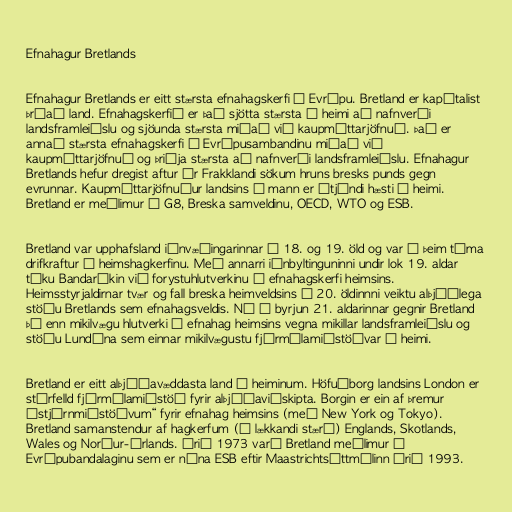
Efnahagur Bretlands

Efnahagur Bretlands er eitt stærsta efnahagskerfi á Evrópu. Bretland er kapítalist
þróað land. Efnahagskerfið er það sjötta stærsta í heimi að nafnverði
landsframleiðslu og sjöunda stærsta miðað við kaupmáttarjöfnuð. Það er
annað stærsta efnahagskerfi í Evrópusambandinu miðað við
kaupmáttarjöfnuð og þriðja stærsta að nafnverði landsframleiðslu. Efnahagur
Bretlands hefur dregist aftur úr Frakklandi sökum hruns bresks punds gegn
evrunnar. Kaupmáttarjöfnuður landsins á mann er átjándi hæsti í heimi.
Bretland er meðlimur í G8, Breska samveldinu, OECD, WTO og ESB.

Bretland var upphafsland iðnvæðingarinnar á 18. og 19. öld og var á þeim tíma
drifkraftur í heimshagkerfinu. Með annarri iðnbyltinguninni undir lok 19. aldar
tóku Bandaríkin við forystuhlutverkinu í efnahagskerfi heimsins.
Heimsstyrjaldirnar tvær og fall breska heimveldsins á 20. öldinnni veiktu alþjóðlega
stöðu Bretlands sem efnahagsveldis. Nú í byrjun 21. aldarinnar gegnir Bretland
þó enn mikilvægu hlutverki í efnahag heimsins vegna mikillar landsframleiðslu og
stöðu Lundúna sem einnar mikilvægustu fjármálamiðstöðvar í heimi.

Bretland er eitt alþjóðavæddasta land í heiminum. Höfuðborg landsins London er
stórfelld fjármálamiðstöð fyrir alþjóðaviðskipta. Borgin er ein af þremur
„stjórnmiðstöðvum“ fyrir efnahag heimsins (með New York og Tokyo).
Bretland samanstendur af hagkerfum (í lækkandi stærð) Englands, Skotlands,
Wales og Norður-Írlands. Árið 1973 varð Bretland meðlimur í
Evrópubandalaginu sem er núna ESB eftir Maastrichtsáttmálinn árið 1993.